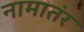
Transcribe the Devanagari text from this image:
नामातंर